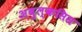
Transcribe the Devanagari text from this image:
अबुल्कसिस